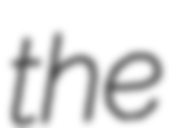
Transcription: the